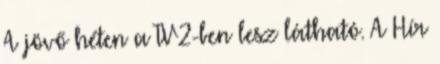
A jövő héten a TV2-ben lesz látható. A Hír